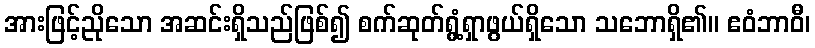
အားဖြင့်ညိုသော အဆင်းရှိသည်ဖြစ်၍ စက်ဆုတ်ရွံ့ရှာဖွယ်ရှိသော သဘောရှိ၏။ ဧဝံဘာဝီ၊